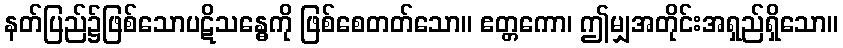
နတ်ပြည်၌ဖြစ်သောပဋိသန္ဓေကို ဖြစ်စေတတ်သော။ ဧတ္တကော၊ ဤမျှအတိုင်းအရှည်ရှိသော။